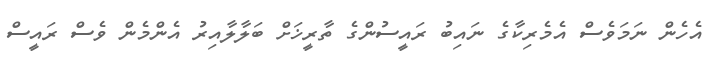
އެހެން ނަމަވެސް އެމެރިކާގެ ނައިބު ރައީސުންގެ ތާރީޚަށް ބަލާލާއިރު އެންމެން ވެސް ރައީސް